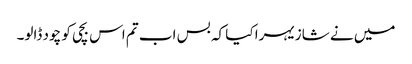
میں نے شازیہرا کیا کہ بس اب تم اس بچی کو چود ڈالو۔